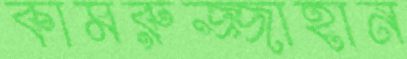
কামরুজ্জাহান